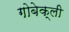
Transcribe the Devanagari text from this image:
गोबेक्ली